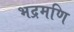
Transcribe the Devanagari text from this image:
भद्रमणि